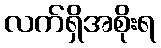
လက်ရှိအစိုးရ